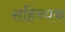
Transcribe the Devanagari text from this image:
सहिथ्यक